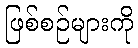
ဖြစ်စဉ်များကို